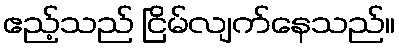
ဧည့်သည် ငြိမ်လျက်နေသည်။